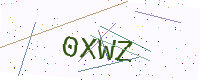
Text: 0XWZ